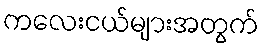
ကလေးငယ်များအတွက်